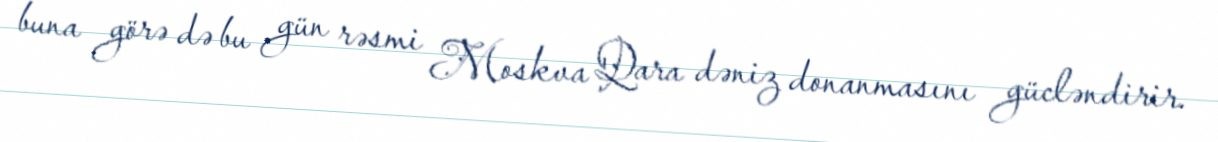
buna görə də bu gün rəsmi Moskva Qara dəniz donanmasını gücləndirir.